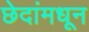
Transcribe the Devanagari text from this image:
छेदांमधून